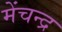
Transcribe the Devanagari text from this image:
मेंचन्द्र